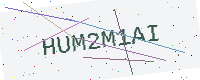
Text: HUM2M1AI